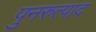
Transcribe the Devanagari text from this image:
पुनरुत्पाद